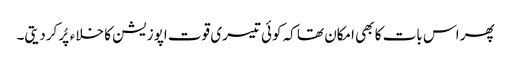
پھر اس بات کا بھی امکان تھا کہ کوئی تیسری قوت اپوزیشن کا خلاءپُر کردیتی۔